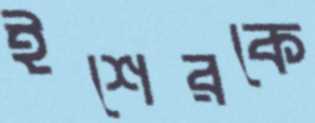
ইশেরকে